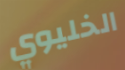
الخليوي